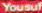
Yousuf